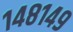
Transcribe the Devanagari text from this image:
१४८१४९